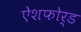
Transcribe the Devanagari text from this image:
ऐशफोर्ड